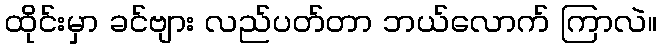
ထိုင်းမှာ ခင်ဗျား လည်ပတ်တာ ဘယ်လောက် ကြာလဲ။